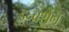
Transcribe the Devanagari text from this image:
इन्वर्शन